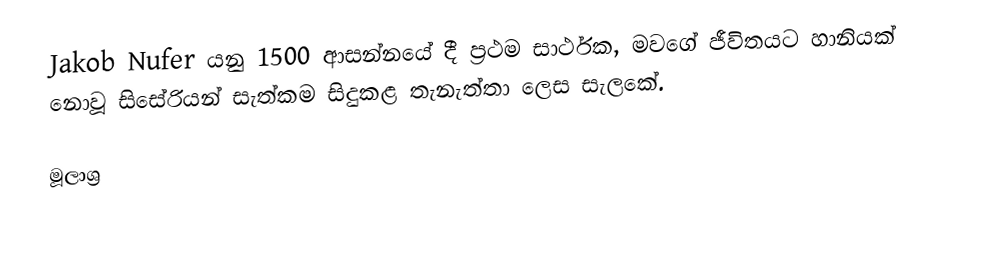
Jakob Nufer යනු 1500 ආසන්නයේ දී ප්‍රථම සාර්ථක, මවගේ ජීවිතයට හානියක් නොවූ සිසේරියන් සැත්කම සිදුකළ තැනැත්තා ලෙස සැලකේ.

මූලාශ්‍ර